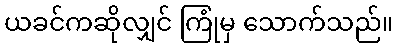
ယခင်ကဆိုလျှင် ကြုံမှ သောက်သည်။